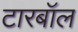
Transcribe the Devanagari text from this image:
टारबॉल